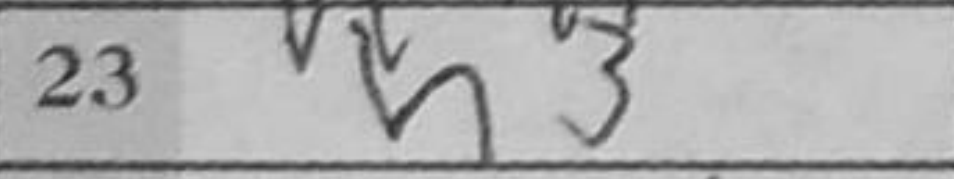
Transcription: h3